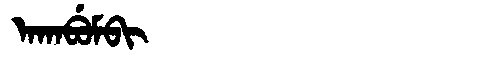
Manchu: ᠠᡴᠠᠪᡠᠮᠪᡳ
Romanization: AKABUMBI